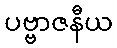
ပဗ္ဗာဇနီယ